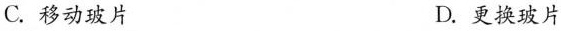
C.移动玻片 D.更换玻片